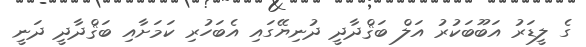
ގެ ލީޑަރު އަބޫބަކުރު އަލް ބަޤްދާދީ ދުނިޔޭގައި އެބަހުރި ކަމަށާއި ބަޤްދާދީ ދަނީ